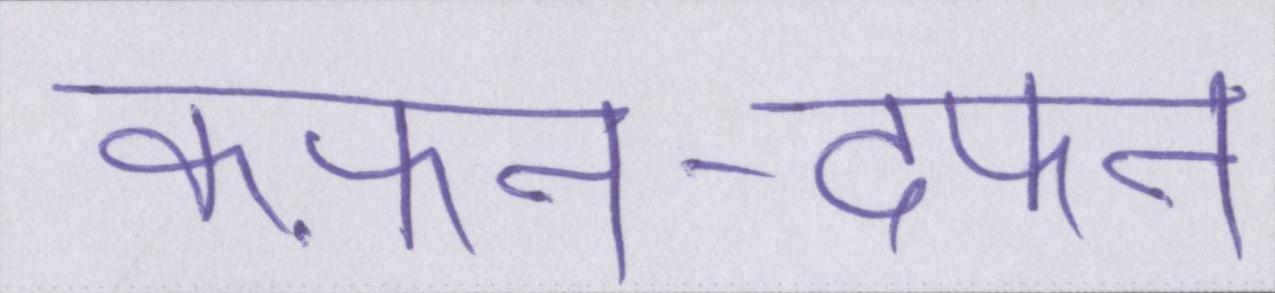
कफ़न-दफन